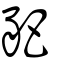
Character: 豝